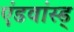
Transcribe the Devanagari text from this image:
एंडवांस्ड्